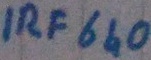
Text: IRF640